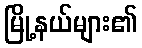
မြို့နယ်များ၏